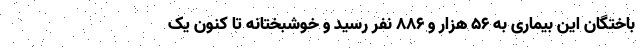
باختگان این بیماری به ۵۶ هزار و ۸۸۶ نفر رسید و خوشبختانه تا کنون یک